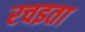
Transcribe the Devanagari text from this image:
रचइता